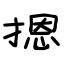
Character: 摁